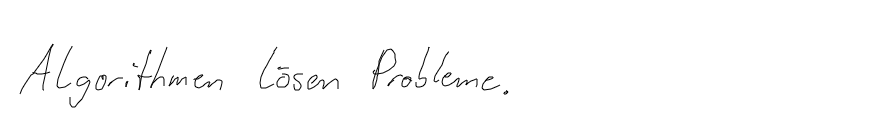
Algorithmen lösen Probleme.